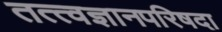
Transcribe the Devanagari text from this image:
तत्त्वज्ञानपरिषदा